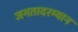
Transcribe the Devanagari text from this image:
जगतादरम्यान